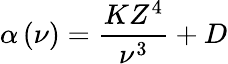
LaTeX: \alpha\left(\nu\right)=\frac{KZ^{4}}{\nu^{3}}+D